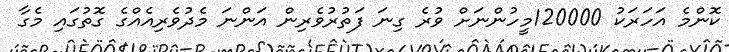
ކޮންމެ އަހަރަކު 120000މީހުންނަށް ވުރެ ގިނަ ފަތުރުވެރިން އަންނަ މެދުވެރިއެއްގެ ގޮތުގައި މެގާ